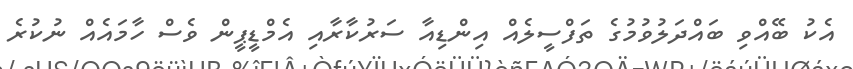
އެކު ބޭއްވި ބައްދަލުވުމުގެ ތަފްސީލެއް އިންޑިއާ ސަރުކާރާއި އެމްޑީޕީން ވެސް ހާމައެއް ނުކުރެ